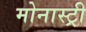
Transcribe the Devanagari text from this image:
मोनास्ट्री